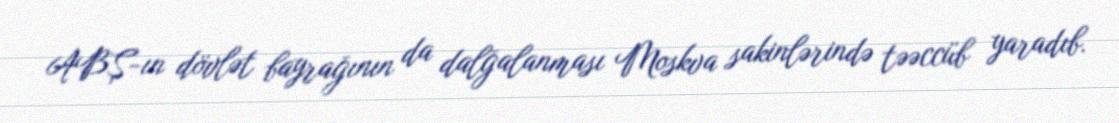
ABŞ-ın dövlət bayrağının da dalğalanması Moskva sakinlərində təəccüb yaradıb.